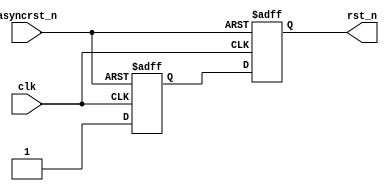
module ResetSync (
    rst_n,
    clk,
    asyncrst_n
);
    output rst_n;
    input clk, asyncrst_n;
    reg rst_n, rff1;
    
    always @(posedge clk or negedge asyncrst_n) begin
        if (!asyncrst_n) {rst_n,rff1} <= 2'b0;
        else {rst_n,rff1} <= {rff1,1'b1};
    end

endmodule